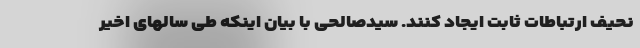
نحیف ارتباطات ثابت ایجاد کنند. سیدصالحی با بیان اینکه طی سالهای اخیر